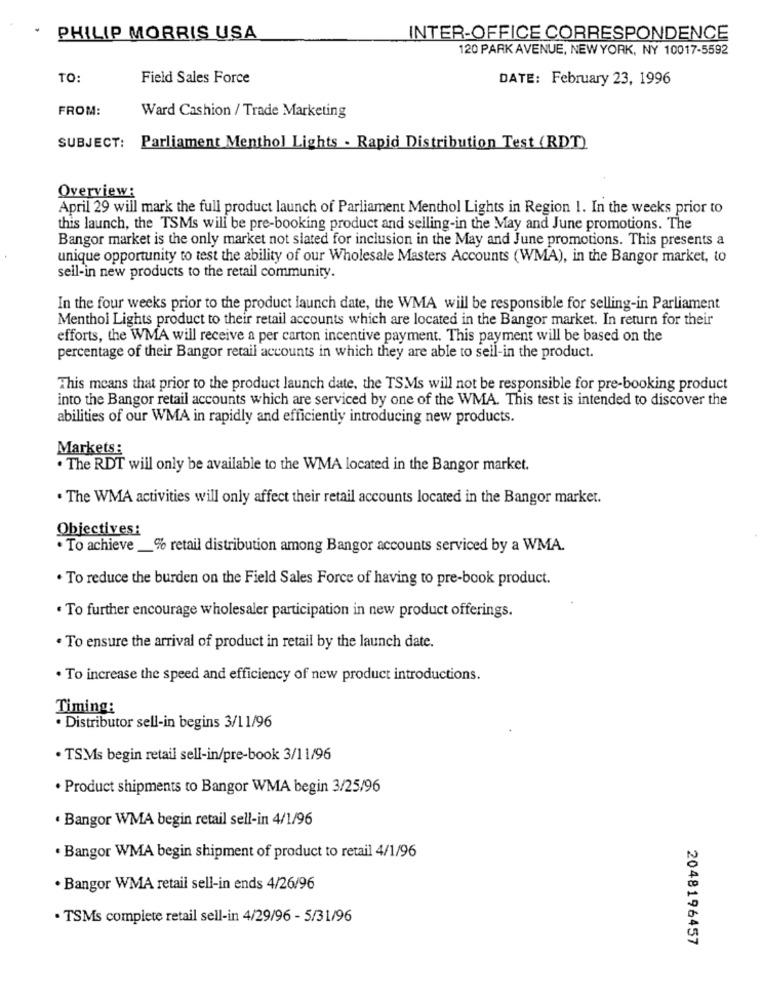
PHILIP MORRIS USA
INTER-OFFICE CORRESPONDENCE
120 PARK AVENUE, NEW YORK, NY 10017-5592
TO:
Field Sales Force
DATE: February 23, 1996
FROM:
Ward Cashion / Trade Marketing
SUBJECT: Parliament Menthol Lights . Rapid Distribution Test (RDT)
Overview:
April 29 will mark the full product launch of Parliament Menthol Lights in Region 1. In the weeks prior to
this launch, the TSMs will be pre-booking product and selling-in the May and June promotions. The
Bangor market is the only market not slated for inclusion in the May and June promotions. This presents a
unique opportunity to test the ability of our Wholesale Masters Accounts (WMA), in the Bangor market, to
seil-in new products to the retail community.
In the four weeks prior to the product launch date, the WMA will be responsible for selling-in Parliament
Menthol Lights product to their retail accounts which are located in the Bangor market. In return for their
efforts, the WMA will receive a per carton incentive payment. This payment will be based on the
percentage of their Bangor retail accounts in which they are able to sell-in the product.
This means that prior to the product launch date, the TSMs will not be responsible for pre-booking product
into the Bangor retail accounts which are serviced by one of the WMA. This test is intended to discover the
abilities of our WMA in rapidly and efficiently introducing new products.
Markets:
. The RDT will only be available to the WMA located in the Bangor market.
. The WMA activities will only affect their retail accounts located in the Bangor market.
Objectives:
· To achieve_% retail distribution among Bangor accounts serviced by a WMA.
. To reduce the burden on the Field Sales Force of having to pre-book product.
· To further encourage wholesaler participation in new product offerings.
. To ensure the arrival of product in retail by the launch date.
. To increase the speed and efficiency of new product introductions.
Timing:
· Distributor sell-in begins 3/11/96
· TSMs begin retail sell-in/pre-book 3/11/96
. Product shipments to Bangor WMA begin 3/25/96
Bangor WMA begin retail sell-in 4/1/96
· Bangor WMA begin shipment of product to retail 4/1/96
. Bangor WMA retail sell-in ends 4/26/96
· TSMs complete retail sell-in 4/29/96 - 5/31/96
2048196457